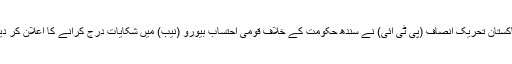
پاکستان تحریک انصاف (پی ٹی آئی) نے سندھ حکومت کے خلاف قومی احتساب بیورو (نیب) میں شکایات درج کرانے کا اعلان کر دیا۔